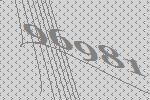
96981